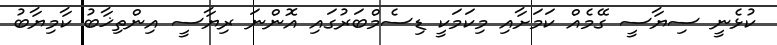
ކުޅެނީ ސިޔާސީ ގޭމެއް ކަމަށާއި މިކަމަކީ ޑިސެމްބަރުގައި އޮންނަ ރިޔާސީ އިންތިޚާބު ކާމިޔާބު